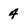
Character: 4